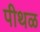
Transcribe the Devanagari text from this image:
पीथळ